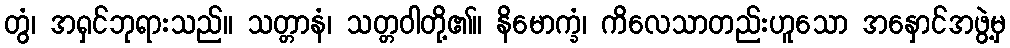
တွံ၊ အရှင်ဘုရားသည်။ သတ္တာနံ၊ သတ္တဝါတို့၏။ နိမောက္ခံ၊ ကိလေသာတည်းဟူသော အနှောင်အဖွဲ့မှ